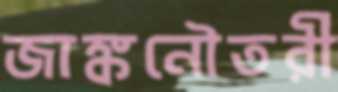
জাঙ্কনৌতরী